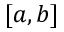
[ a , b ]